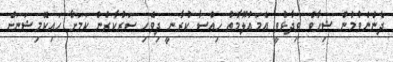
ދެންނެވުމުން ޝިހާބް ވިދާޅުވީ އެމައުލޫމާތު ހިއްސާ ކުރާނީ ދިވެހި ސަރުކާރުން ކަމަށާ ހައިކޮމިޝަނަށް